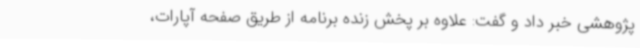
پژوهشی خبر داد و گفت: علاوه بر پخش زنده برنامه از طریق صفحه آپارات،